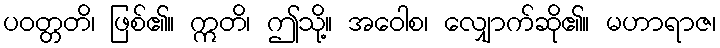
ပဝတ္တတိ၊ ဖြစ်၏။ ဣတိ၊ ဤသို့။ အဝေါစ၊ လျှောက်ဆို၏။ မဟာရာဇ၊